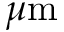
\mu \mathrm { m }